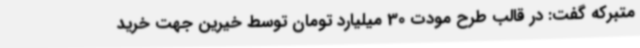
متبرکه گفت: در قالب طرح مودت 30 میلیارد تومان توسط خیرین جهت خرید